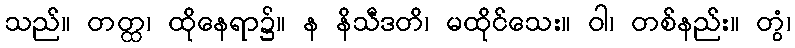
သည်။ တတ္ထ၊ ထိုနေရာ၌။ န နိသီဒတိ၊ မထိုင်သေး။ ဝါ၊ တစ်နည်း။ တွံ၊